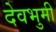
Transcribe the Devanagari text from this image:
देवभुमी